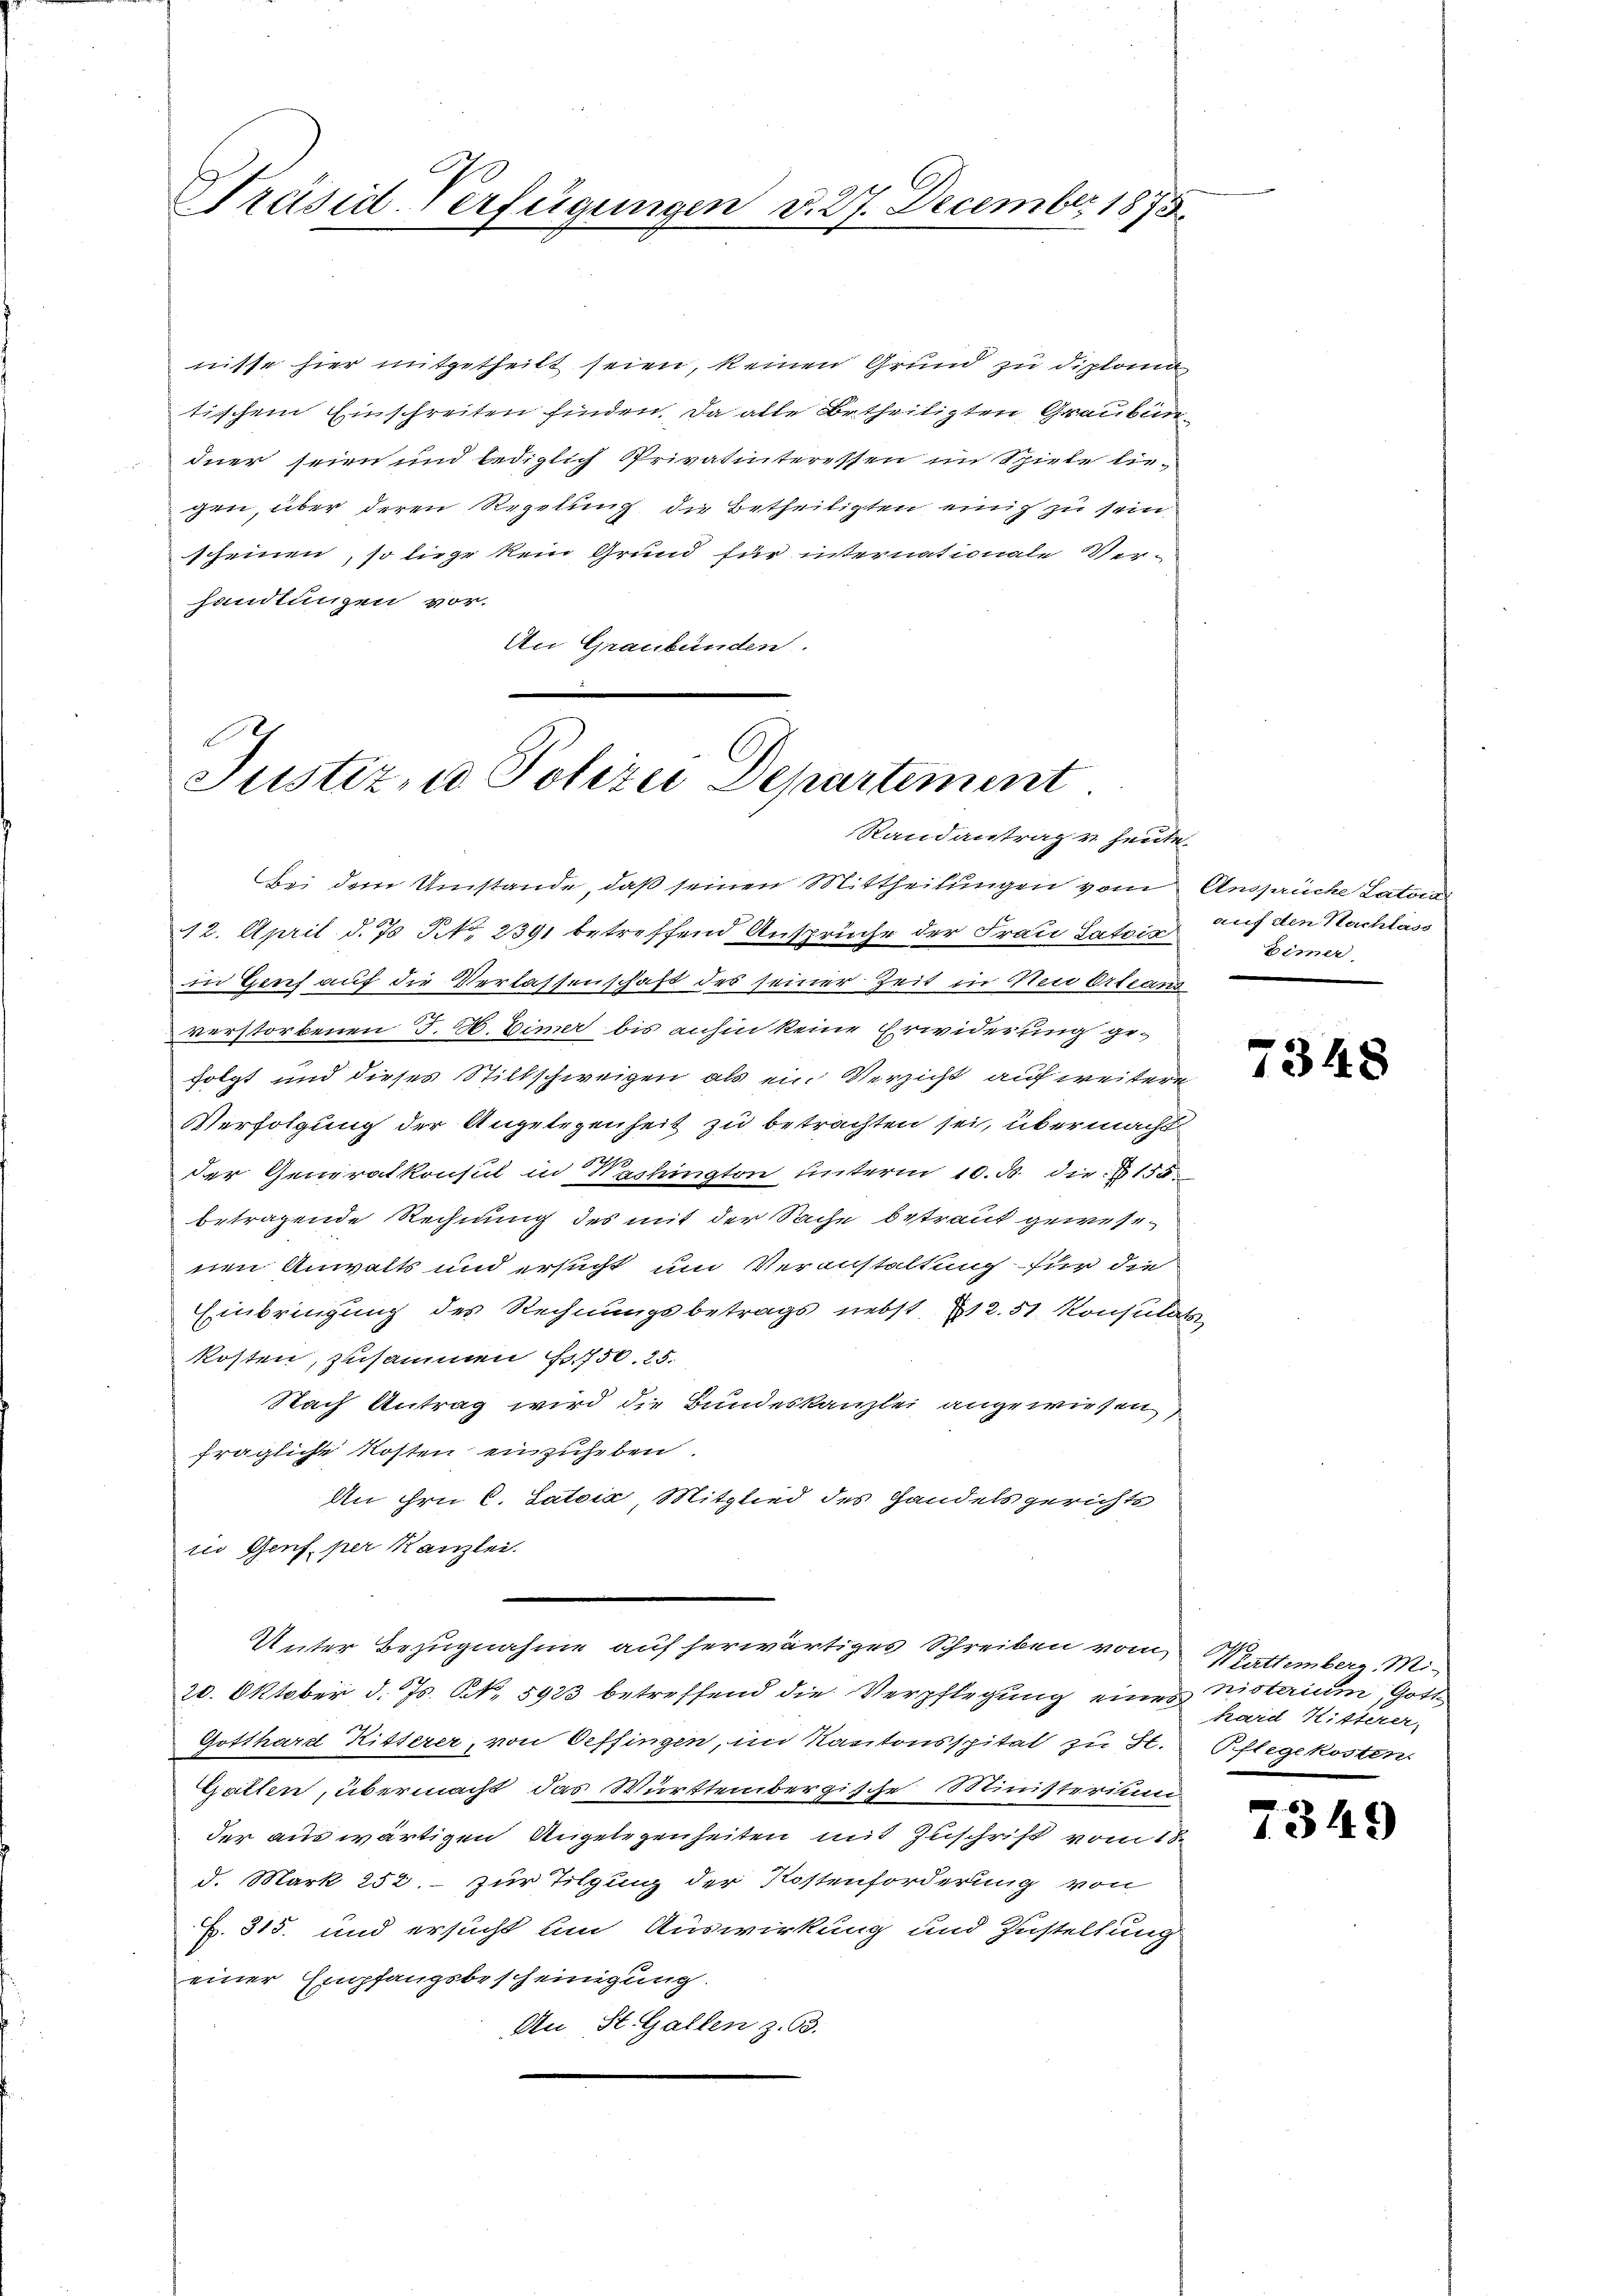
Präsid-Verfügungen d. 27. December 1875.

nisse hier mitgetheilt seien, keinen Grund zu diplomatischem Einschreiten finden. Da alle Betheiligten Graubündier seien und lediglich Privatinteressen in Spiele liegen, über deren Regelung die Betheiligten einig zu sein,
scheinen, so liege kein Grund für internationale Ver-
handlungen vor.
An Graubünden.

Justiz, u. Polizei Departement.
Randantrag v. heute.

Bei dem Umstände, daß seinen Mittheilungen vom Ansprüche Later
12. April d. Js. No. 2391 betreffend Ansprüche der Frau Latein auf den Nachlass
in Genf auf die Verlassenschaft des seiner Zeit in Neu Orleans
verstorbenen J. H. Eimer bis anhin keine Erwiderung gefolgt und dieses Stillschweigen als ein Verzicht auf weitere
Verfolgung der Angelegenheit zu betrachten sei, übermacht
Der Generalkonsul in Washington unterm 10. d. die § 155
betragende Rechnung des mit der Sache betraut gewesenen Anwalts und ersucht um Veranstaltung für die
Einbringung des Rechnungsbetrags nebst 12. 51. Konsulats
kosten, zusammen 750. 25.
Nach Antrag wird die Bundeskanzlei angewiesen,
fragliche Kosten einzuheben.
An ihre C. Satia Mitglied des Handelsgerichts
ii Genf, per Kanzlei.

Unter Bezugnahme auf herwärtiges Schreiben vom Mattenberg. Mi¬
20. Oktober d. Js. N. 5923 betreffend die Verpflegung eines nistaium Gott
Gotthard Ritterer, von Oeffingen, im Kantonsspital zu H. Pflegekosten
Galten, übermacht das Württembergische Ministerium
der auswärtigen Angelegenheiten mit Zuschrift vom 18
d. Mark 252. zur Tilgung der Kostenforderung von
Z. 315. und ersucht um Auswirkung und Zustellung
einer Empfangsbescheinigung.
An St. Gallen z. B.

Eimer

7348

hard Ritterer,

7.349